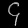
Digit: ၄